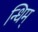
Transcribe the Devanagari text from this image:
न्धिम्